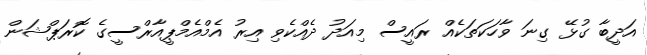
އަދީބާ ގުޅޭ ގިނަ ވާހަކަތަކެއް ރައީސް މިއަދު ދެއްކެވި އިރު އެމްއެމްޕީއާރްސީގެ ކޮރަޕްޝަން